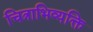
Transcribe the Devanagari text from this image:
चित्राभिव्यक्ति